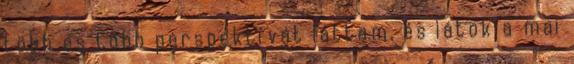
több és több perspektívát láttam, és látok a mai